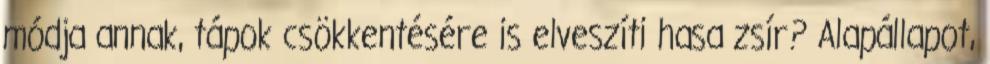
módja annak, tápok csökkentésére is elveszíti hasa zsír? Alapállapot,